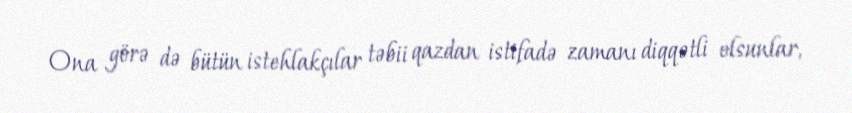
Ona görə də bütün istehlakçılar təbii qazdan istifadə zamanı diqqətli olsunlar,